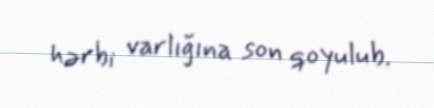
hərbi varlığına son qoyulub.